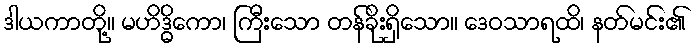
ဒါယကာတို့။ မဟိဒ္ဓိကော၊ ကြီးသော တန်ခိုးရှိသော။ ဒေဝသာရထိ၊ နတ်မင်း၏